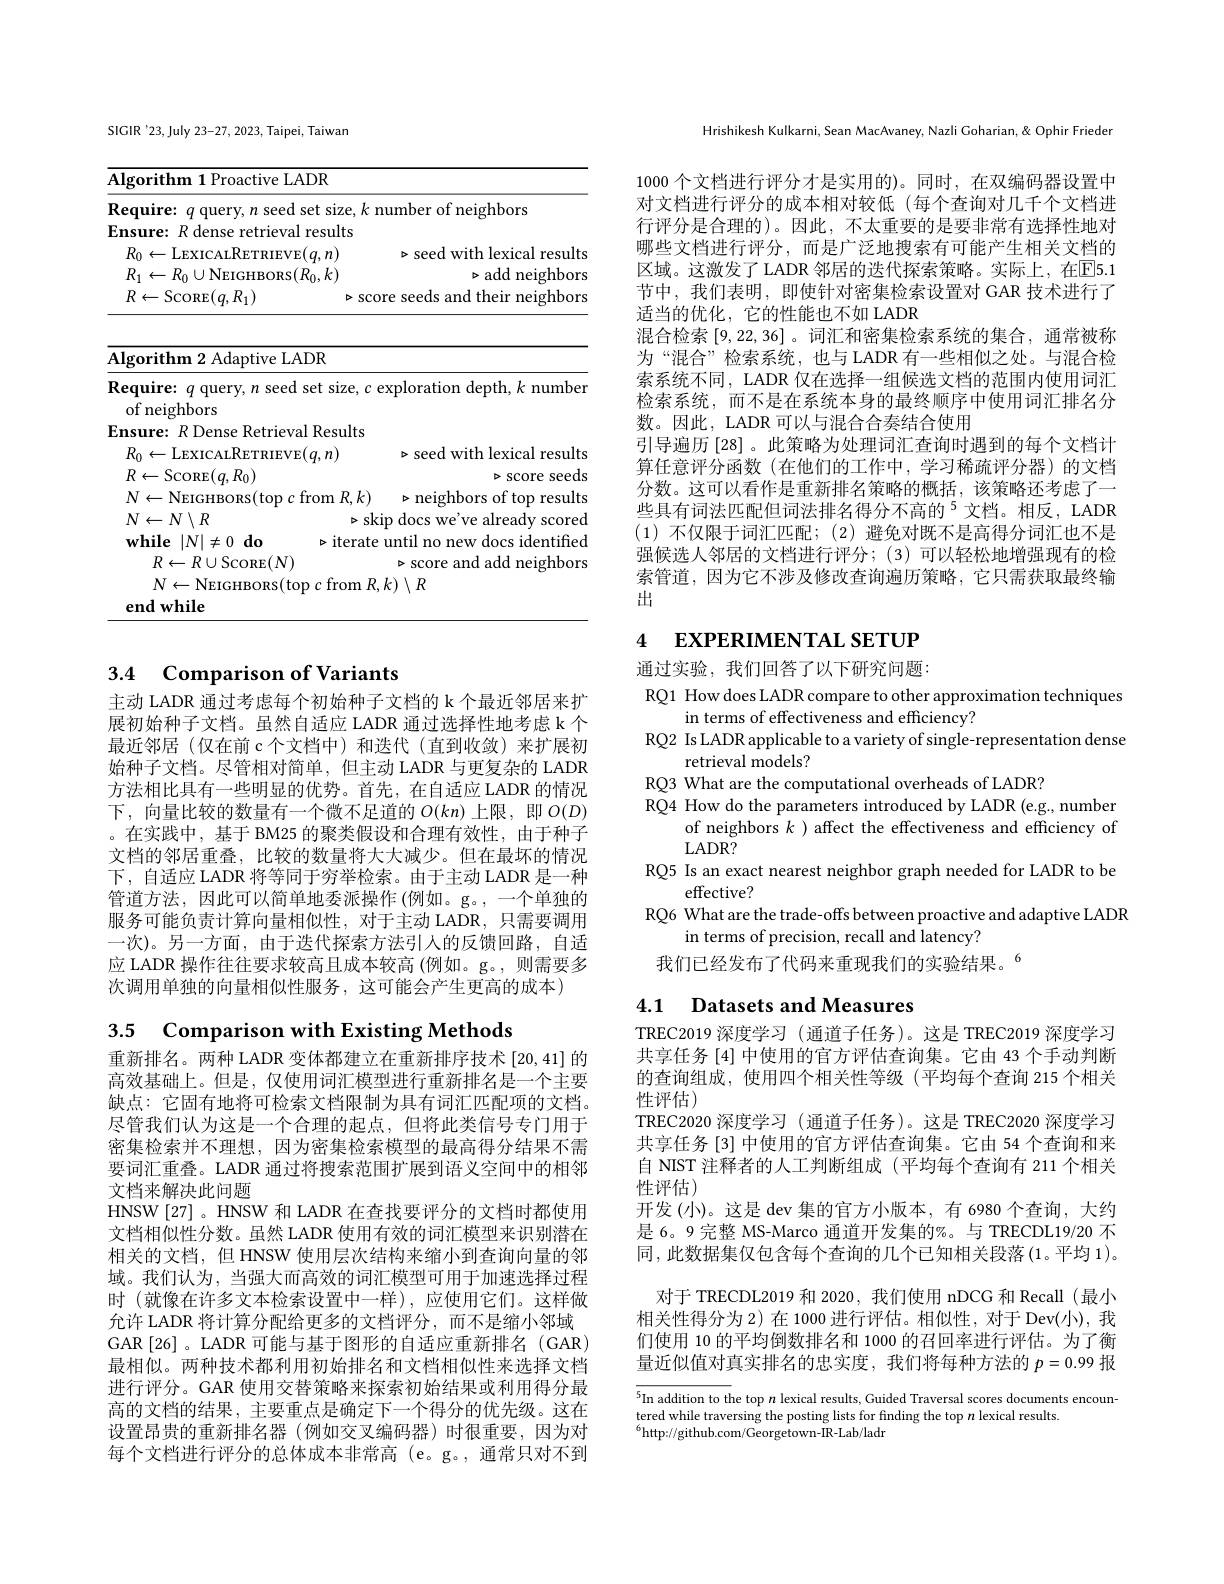
<table>
	<tbody>
		<tr>
			<th>Algorithm 1 Proactive LA</th>
			<th>$DR$</th>
		</tr>
		<tr>
			<td>$\mathbf{Require:}$ $q$ querv. $n$ seed</td>
			<td>et size, $k$ number of neighbors</td>
		</tr>
		<tr>
			<td>Ensure: $R$ dense retrieval</td>
			<td>results</td>
		</tr>
		<tr>
			<td>$R_{0}\leftarrow$LEXICALRETRIEVE</td>
			<td>$q,n)$ $\triangleright$seed with lexical results</td>
		</tr>
		<tr>
			<td>$R_{1}\leftarrow R_{0}\cup$NEIGHBORS(</td>
			<td>$\{0,k)$ $\triangleright$add neighbors</td>
		</tr>
		<tr>
			<td>$R\leftarrow$ScoRE$(q,R_{1})$</td>
			<td>$\triangleright$score seeds and their neighbors</td>
		</tr>
	</tbody>
</table>

<table>
	<tbody>
		<tr>
			<td>${\textbf{Algorithm 2 Adaptive LADR}}$</td>
			<td>$\overline{\mathrm{Alg}}$</td>
			<td> </td>
		</tr>
		<tr>
			<td>Require: $q$ query, $n$ seed set size, $c$ e of neighbors</td>
			<td>Req 0</td>
			<td>e, $c$ exploration depth, $k$ number 1</td>
		</tr>
	</tbody>
</table>

## 3.4 Comparison of Variants

主动 LADR 通过考虑每个初始种子文档的 k 个最近邻居来扩展初始种子文档。虽然自适应 LADR 通过选择性地考虑 k 个最近邻居(仅在前 c个文档中)和迭代(直到收敛)来扩展初始种子文档。尽管相对简单，但主动 LADR 与更复杂的 LADR 方法相比具有一些明显的优势。首先，在自适应 LADR 的情况下，向量比较的数量有一个微不足道的$O(kn)$上限，即$O(D)$ 。在实践中，基于 BM25 的聚类假设和合理有效性，由于种子文档的邻居重叠，比较的数量将大大减少。但在最坏的情况下，自适应 LADR 将等同于穷举检索。由于主动 LADR 是一种管道方法，因此可以简单地委派操作(例如。g。,一个单独的服务可能负责计算向量相似性，对于主动 LADR,只需要调用一次)。另一方面，由于迭代探索方法引人的反馈回路，自适应 LADR 操作往往要求较高且成本较高 (例如。g。,则需要多次调用单独的向量相似性服务，这可能会产生更高的成本)

3.5 Comparison with Existing Methods

重新排名。两种 LADR 变体都建立在重新排序技术 [20,41] 的高效基础上。但是，仅使用词汇模型进行重新排名是一个主要缺点：它固有地将可检索文档限制为具有词汇匹配项的文档。尽管我们认为这是一个合理的起点，但将此类信号专门用于密集检索并不理想，因为密集检索模型的最高得分结果不需要词汇重叠。LADR 通过将搜索范围扩展到语义空间中的相邻文档来解决此问题
HNSW[27]。HNSW 和 LADR 在查找要评分的文档时都使用文档相似性分数。虽然 LADR 使用有效的词汇模型来识别潜在相关的文档，但 HNSW 使用层次结构来缩小到查询向量的邻域。我们认为，当强大而高效的词汇模型可用于加速选择过程时 (就像在许多文本检索设置中一样),应使用它们。这样做允许 LADR 将计算分配给更多的文档评分，而不是缩小邻域GAR[26]。LADR可能与基于图形的自适应重新排名(GAR) 最相似。两种技术都利用初始排名和文档相似性来选择文档进行评分。GAR 使用交替策略来探索初始结果或利用得分最高的文档的结果，主要重点是确定下一个得分的优先级。这在设置昂贵的重新排名器(例如交叉编码器)时很重要，因为对每个文档进行评分的总体成本非常高 (e。g。, 通常只对不到

Hrishikesh Kulkarni, Sean MacAvaney, Nazli Goharian, & Ophir Frieder

1000 个文档进行评分才是实用的)。同时，在双编码器设置中对文档进行评分的成本相对较低 (每个查询对几千个文档进行评分是合理的)。因此，不太重要的是要非常有选择性地对哪些文档进行评分，而是广泛地搜索有可能产生相关文档的区域。这激发了 LADR 邻居的迭代探索策略。实际上，在$\overline{\mathrm{E}}5.1$ 节中，我们表明，即使针对密集检索设置对 GAR 技术进行了适当的优化，它的性能也不如 LADR
混合检索[9,22,36] 。词汇和密集检索系统的集合，通常被称为“混合”检索系统，也与LADR 有一些相似之处。与混合检索系统不同，LADR 仅在选择一组候选文档的范围内使用词汇检索系统，而不是在系统本身的最终顺序中使用词汇排名分数。因此，LADR 可以与混合合奏结合使用
引导遍历 [28] 。此策略为处理词汇查询时遇到的每个文档计算任意评分函数(在他们的工作中，学习稀疏评分器)的文档分数。这可以看作是重新排名策略的概括，该策略还考虑了一些具有词法匹配但词法排名得分不高的$^{5}$文档。相反，LADR (1)不仅限于词汇匹配；(2)避免对既不是高得分词汇也不是强候选人邻居的文档进行评分；(3)可以轻松地增强现有的检索管道，因为它不涉及修改查询遍历策略，它只需获取最终输出

## 4 EXPERIMENTAL SETUP

通过实验，我们回答了以下研究问题：
RQ1 How does LADR compare to other approximation techniques

in terms of effectiveness and efficiency?
RQ2 Is LADR applicable to a variety of single-representation dense
retrieval models?
RQ3 What are the computational overheads of LADR?
RQ4 How do the parameters introduced by LADR (e.g., number
of neighbors $k$ )affect the effectiveness and efficiency of
$LADR?$
RQ5 Is an exact nearest neighbor graph needed for LADR to be
effective?
RQ6 What are the trade- offs between proactive and adaptive LADR
in terms of precision, recall and latency?
我们已经发布了代码来重现我们的实验结果。6

## 4.1 $\textbf{Datasets and Measures}$

TREC2019 深度学习 (通道子任务)。这是 TREC2019 深度学习共享任务 [4] 中使用的官方评估查询集。它由 43 个手动判断的查询组成，使用四个相关性等级(平均每个查询 215 个相关性评估)
TREC2020 深度学习 (通道子任务)。这是 TREC2020 深度学习共享任务 [3] 中使用的官方评估查询集。它由 54 个查询和来自 NIST 注释者的人工判断组成(平均每个查询有 211 个相关性评估)
开发(小)。这是 dev 集的官方小版本，有 6980 个查询，大约是 6。9 完整 MS-Marco 通道开发集的%。与 TRECDL19/20 不同，此数据集仅包含每个查询的几个已知相关段落(1。平均 1)。
对于 TRECDL2019 和 2020, 我们使用 nDCG 和 Recall(最小相关性得分为 2) 在 1000 进行评估。相似性，对于 Dev(小), 我们使用 10 的平均倒数排名和 1000 的召回率进行评估。为了衡量近似值对真实排名的忠实度，我们将每种方法的$p=0.99$报

$\overline{^5\text{In addition to the top }n\text{ lexical results, Guided Traversal scores documents encoun-}}$
tered while traversing the posting lists for finding the top $n$ lexical results
$^{6}$http://github.com/Georgetown-IR-Lab/ladr